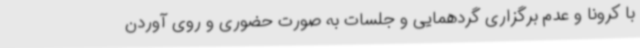
با کرونا و عدم برگزاری گردهمایی و جلسات به صورت حضوری و روی آوردن